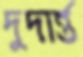
দুদার্ন্ত